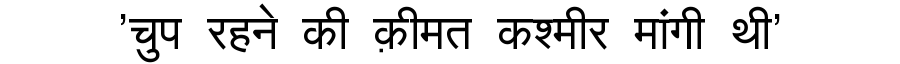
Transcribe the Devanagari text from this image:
'चुप रहने की क़ीमत कश्मीर मांगी थी'